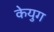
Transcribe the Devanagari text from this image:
केयुग